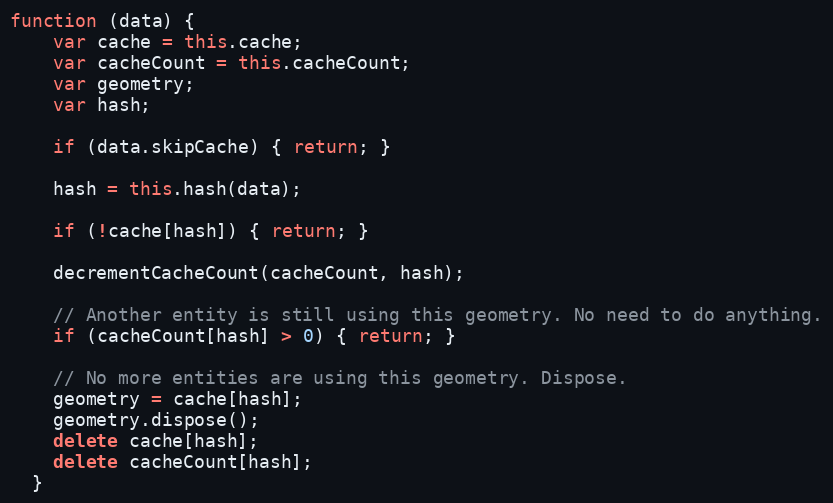
Language: JavaScript
function (data) {
    var cache = this.cache;
    var cacheCount = this.cacheCount;
    var geometry;
    var hash;

    if (data.skipCache) { return; }

    hash = this.hash(data);

    if (!cache[hash]) { return; }

    decrementCacheCount(cacheCount, hash);

    // Another entity is still using this geometry. No need to do anything.
    if (cacheCount[hash] > 0) { return; }

    // No more entities are using this geometry. Dispose.
    geometry = cache[hash];
    geometry.dispose();
    delete cache[hash];
    delete cacheCount[hash];
  }